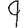
Digit: 9